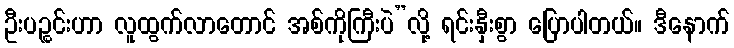
ဦးပဉ္စင်းဟာ လူထွက်လာတောင် အစ်ကိုကြီးပဲ”လို့ ရင်းနှီးစွာ ပြောပါတယ်။ ဒီနောက်